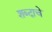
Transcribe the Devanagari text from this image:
शब्‍दाचे